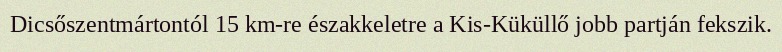
Dicsőszentmártontól 15 km-re északkeletre a Kis-Küküllő jobb partján fekszik.